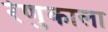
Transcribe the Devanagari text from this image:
रेणुकाला